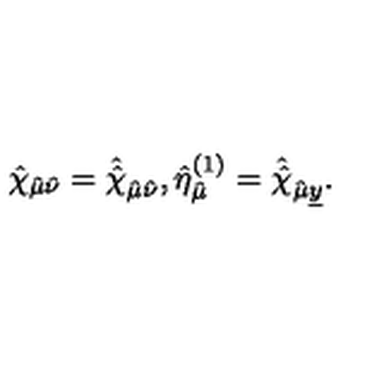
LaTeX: \hat { \chi } _ { \hat { \mu } \hat { \nu } } = \hat { \hat { \chi } } _ { \hat { \mu } \hat { \nu } } , \hat { \eta } _ { \hat { \mu } } ^ { ( 1 ) } = \hat { \hat { \chi } } _ { \hat { \mu } \underline { { y } } } .